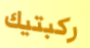
ركبتيك